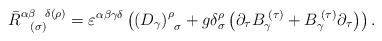
\begin{align*}\bar{R}_{\;\;\;(\sigma )}^{\alpha \beta \;\;\;\delta (\rho )}=\varepsilon^{\alpha \beta \gamma \delta }\left( \left( D_{\gamma }\right) _{\;\;\sigma}^{\rho }+g\delta _{\sigma }^{\rho }\left( \partial _{\tau }B_{\gamma}^{\;(\tau )}+B_{\gamma }^{\;(\tau )}\partial _{\tau }\right) \right) .\end{align*}